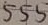
Text: 555